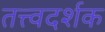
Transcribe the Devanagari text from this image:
तत्त्वदर्शक